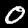
Label: 0